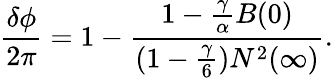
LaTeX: \frac{\delta\phi}{2\pi}=1-\frac{1-\frac{\gamma}{\alpha}B(0)}{(1-{\frac{\gamma}{6}})N^{2}(\infty)}.